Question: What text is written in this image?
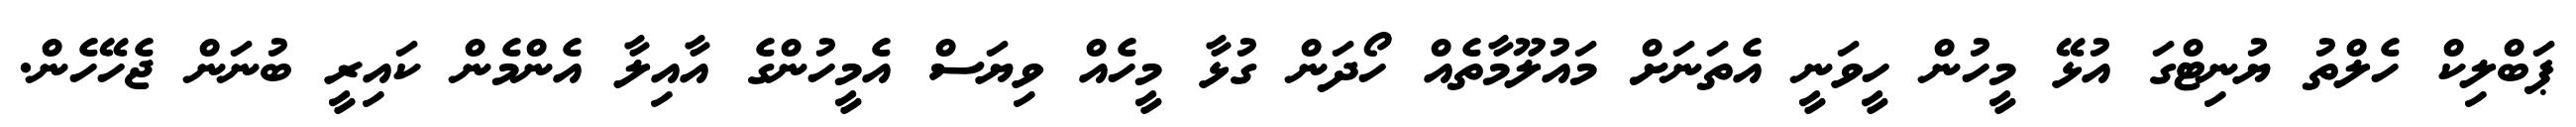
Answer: ޕަބްލިކް ހެލްތު ޔުނިޓްގަ އުޅޭ މީހުން ހީވަނީ އެތަނަށް މައުލޫމާތެއް ހޯދަން ގުޅާ މީހެއް ވިޔަސް އެމީހުންގެ އާއިލާ އެންމެން ކައިރީ ބުނަން ޖެހޭހެން.